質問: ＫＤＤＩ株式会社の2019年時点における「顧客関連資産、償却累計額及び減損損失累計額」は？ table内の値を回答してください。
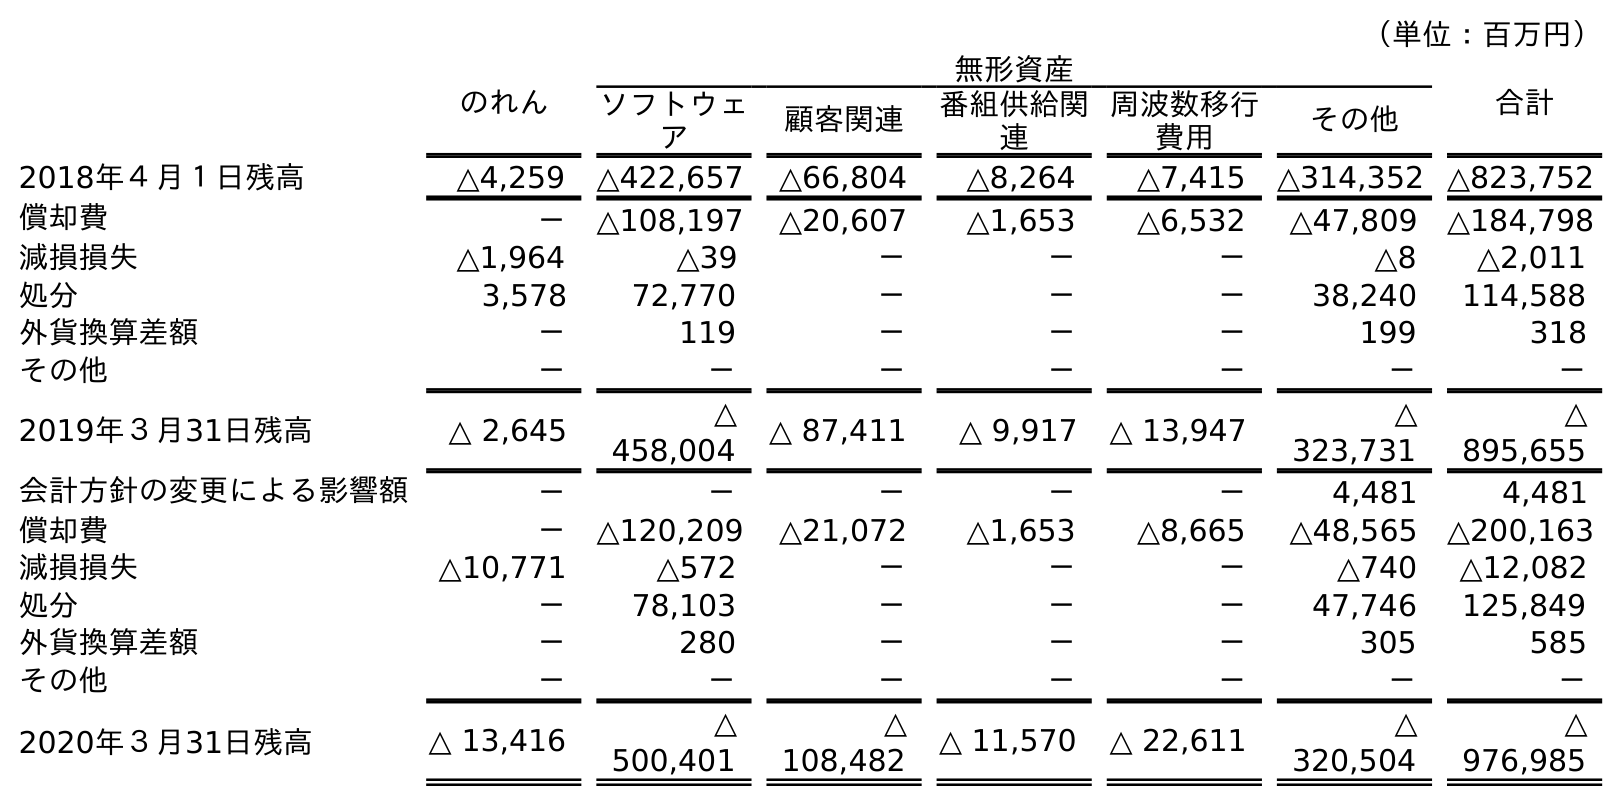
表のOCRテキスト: （単位：百万円） のれん 無形資産 合計 ソフトウェ ア 顧客関連 番組供給関 連 周波数移行 費用 その他 2018年４月１日残高 △4,259 △422,657 △66,804 △8,264 △7,415 △314,352 △823,752 償却費 － △108,197 △20,607 △1,653 △6,532 △47,809 △184,798 減損損失 △1,964 △39 － － － △8 △2,011 処分 3,578 72,770 － － － 38,240 114,588 外貨換算差額 － 119 － － － 199 318 その他 － － － － － － － 2019年３月31日残高 △ 2,645 △ 458,004 △ 87,411 △ 9,917 △ 13,947 △ 323,731 △ 895,655 会計方針の変更による影響額 － － － － － 4,481 4,481 償却費 － △120,209 △21,072 △1,653 △8,665 △48,565 △200,163 減損損失 △10,771 △572 － － － △740 △12,082 処分 － 78,103 － － － 47,746 125,849 外貨換算差額 － 280 － － － 305 585 その他 － － － － － － － 2020年３月31日残高 △ 13,416 △ 500,401 △ 108,482 △ 11,570 △ 22,611 △ 320,504 △ 976,985
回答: △87,411